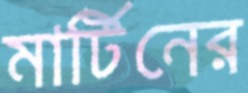
মার্টিনের